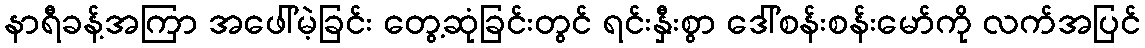
နာရီခန့်အကြာ အဖေါ်မဲ့ခြင်း တွေ့ဆုံခြင်းတွင် ရင်းနှီးစွာ ဒေါ်စန်းစန်းမော်ကို လက်အပြင်